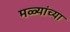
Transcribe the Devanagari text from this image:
मळ्यांच्या